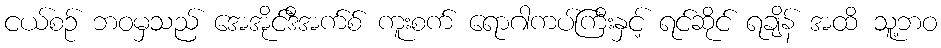
ငယ်စဉ် ဘဝမှသည် အေအိုင်ဒီအက်စ် ကူးစက် ရောဂါကပ်ကြီးနှင့် ရင်ဆိုင် ရချိန် အထိ သူ့ဘဝ